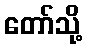
တော်သို့